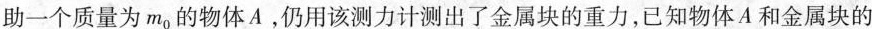
助一个质量为m_{0}的物体A，仍用该测力计测出了金属块的重力，已知物体A和金属块的